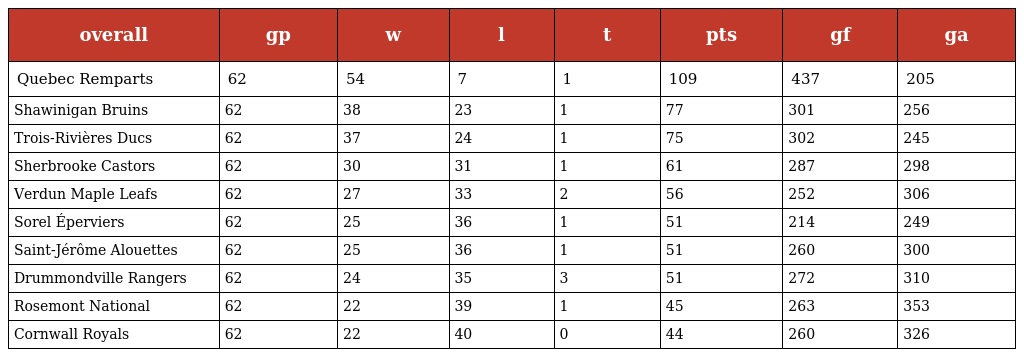
| overall | gp | w | l | t | pts | gf | ga |
 | --- | --- | --- | --- | --- | --- | --- | --- |
 | Quebec Remparts | 62 | 54 | 7 | 1 | 109 | 437 | 205 |
 | Shawinigan Bruins | 62 | 38 | 23 | 1 | 77 | 301 | 256 |
 | Trois-Rivières Ducs | 62 | 37 | 24 | 1 | 75 | 302 | 245 |
 | Sherbrooke Castors | 62 | 30 | 31 | 1 | 61 | 287 | 298 |
 | Verdun Maple Leafs | 62 | 27 | 33 | 2 | 56 | 252 | 306 |
 | Sorel Éperviers | 62 | 25 | 36 | 1 | 51 | 214 | 249 |
 | Saint-Jérôme Alouettes | 62 | 25 | 36 | 1 | 51 | 260 | 300 |
 | Drummondville Rangers | 62 | 24 | 35 | 3 | 51 | 272 | 310 |
 | Rosemont National | 62 | 22 | 39 | 1 | 45 | 263 | 353 |
 | Cornwall Royals | 62 | 22 | 40 | 0 | 44 | 260 | 326 |